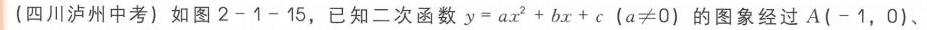
(四川泸州中考) 如图2 - 1 - 15，已知二次函数\(y = ax^{2}+bx + c\ (a\neq0)\)的图象经过\(A(-1,0)\)、